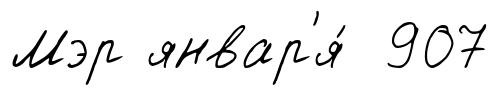
Мэр январ'я́ 907